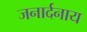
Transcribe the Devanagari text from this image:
जनार्दनाय